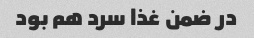
در ضمن غذا سرد هم بود